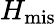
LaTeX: H_{\mathrm{mis}}